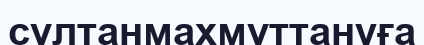
сұлтанмахмұттануға